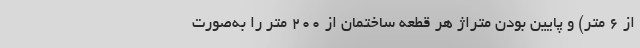
از ۶ متر) و پایین بودن متراژ هر قطعه ساختمان از ۲۰۰ متر را به‌صورت